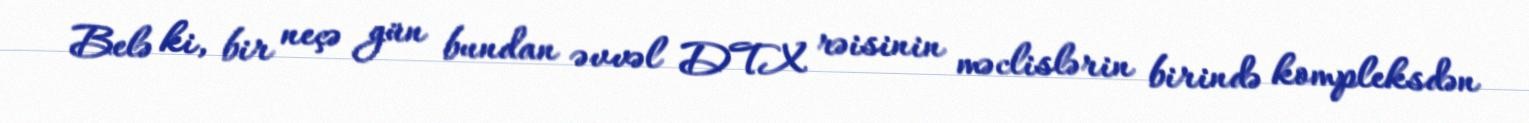
Belə ki, bir neçə gün bundan əvvəl DTX rəisinin məclislərin birində kompleksdən